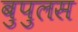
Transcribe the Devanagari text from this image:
बुपुलस